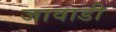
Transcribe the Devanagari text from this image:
जावाडी